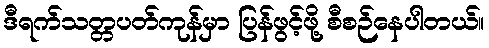
ဒီရက်သတ္တပတ်ကုန်မှာ ပြန်ဖွင့်ဖို့ စီစဉ်နေပါတယ်။